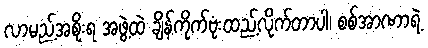
လာမည့်အစိုးရ အဖွဲ့ထဲ ချိန်ကိုက်ဗုံးထည့်လိုက်တာပါ၊ စစ်အာဏာရဲ့